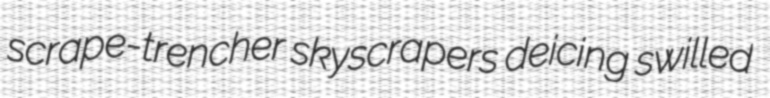
scrape-trencher skyscrapers deicing swilled